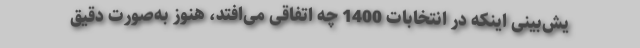
یش‌بینی اینکه در انتخابات 1400 چه اتفاقی می‌افتد، هنوز به‌صورت دقیق